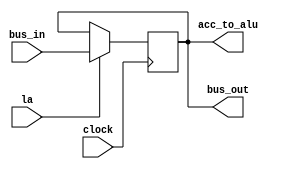
module accumulator (
	input clock,
	input la,
	input [7:0] bus_in,
	output [7:0] bus_out,
	output [7:0] acc_to_alu
);

	reg [7:0] data;

	always @(posedge clock) begin
		if(la) data <= bus_in;
	end

	assign bus_out = data;
	assign acc_to_alu = data;

endmodule